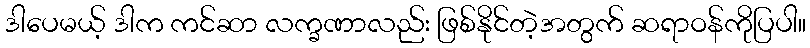
ဒါပေမယ့် ဒါက ကင်ဆာ လက္ခဏာလည်း ဖြစ်နိုင်တဲ့အတွက် ဆရာဝန်ကိုပြပါ။